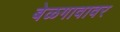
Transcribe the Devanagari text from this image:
बेळगावावर